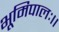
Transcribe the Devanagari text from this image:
भूमिपालः।।